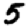
Digit: 5